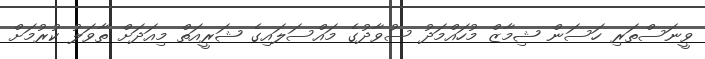
ވީނަސްތަރި ހަސަން ޝިމާޒް މުހައްމަދު ސުވާދުގެ މައްސަލައިގެ ޝަރީއަތް މިއަދަށް ތާވަލު ކުރުމަށް